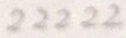
2 2 2 2 2